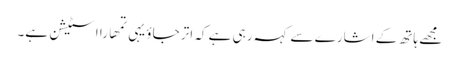
مجھے ہاتھ کے اشارے سے کہہ رہی ہے کہ اتر جاؤ یہی تمھارا اسٹیشن ہے۔